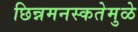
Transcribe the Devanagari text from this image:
छिन्नमनस्कतेमुळे